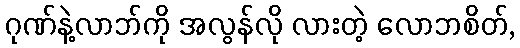
ဂုဏ်နဲ့လာဘ်ကို အလွန်လို လားတဲ့ လောဘစိတ်,